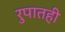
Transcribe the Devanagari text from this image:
रुपातही